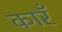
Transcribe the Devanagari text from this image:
कारँ